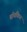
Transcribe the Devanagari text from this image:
बॉयकिन